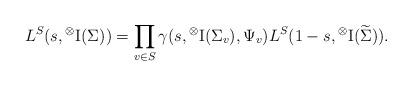
LaTeX: \begin{align*} L^S(s,{}^\otimes{\rm I}(\Sigma)) = \prod_{v \in S} \gamma(s,{}^\otimes{\rm I}(\Sigma_v),\Psi_v) L^S(1-s,{}^\otimes{\rm I}(\widetilde{\Sigma})).\end{align*}